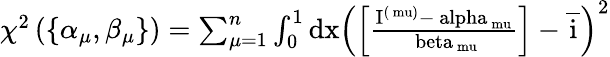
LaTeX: \begin{array}{r}{\chi^{2}\left(\left\{ \alpha_{\mu},\beta_{\mu}\right\} \right)=\sum_{\mu=1}^{n}\int_{0}^{1}\mathrm{{d}x\left(\left[\frac{I^{(\ mu)}-\ alpha_{\ mu}}{\ beta_{\ mu}}\right]-\overline{{i}}\right)^{2}}}\end{array}